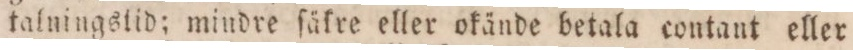
talningstid; mindre ſäkre eller okände betala contant eller